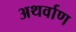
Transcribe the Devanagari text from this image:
अथर्वाण